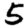
Digit: 5